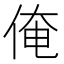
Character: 俺